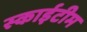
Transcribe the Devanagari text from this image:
स्‍काईटीम